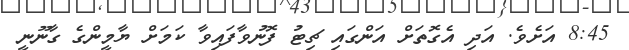
8:45 އަށެވެ. އަދި އެގޮތަށް އަންގައި ޗިޓު ފޮނުވާފައިވާ ކަމަށް ޔާމީންގެ ގާނޫނީ